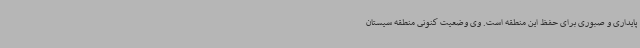
پایداری و صبوری برای حفظ این منطقه است. وی وضعیت کنونی منطقه سیستان